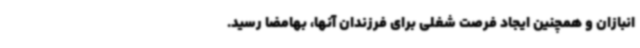
انبازان و همچنین ایجاد فرصت شغلی برای فرزندان آنها، بهامضا رسید.